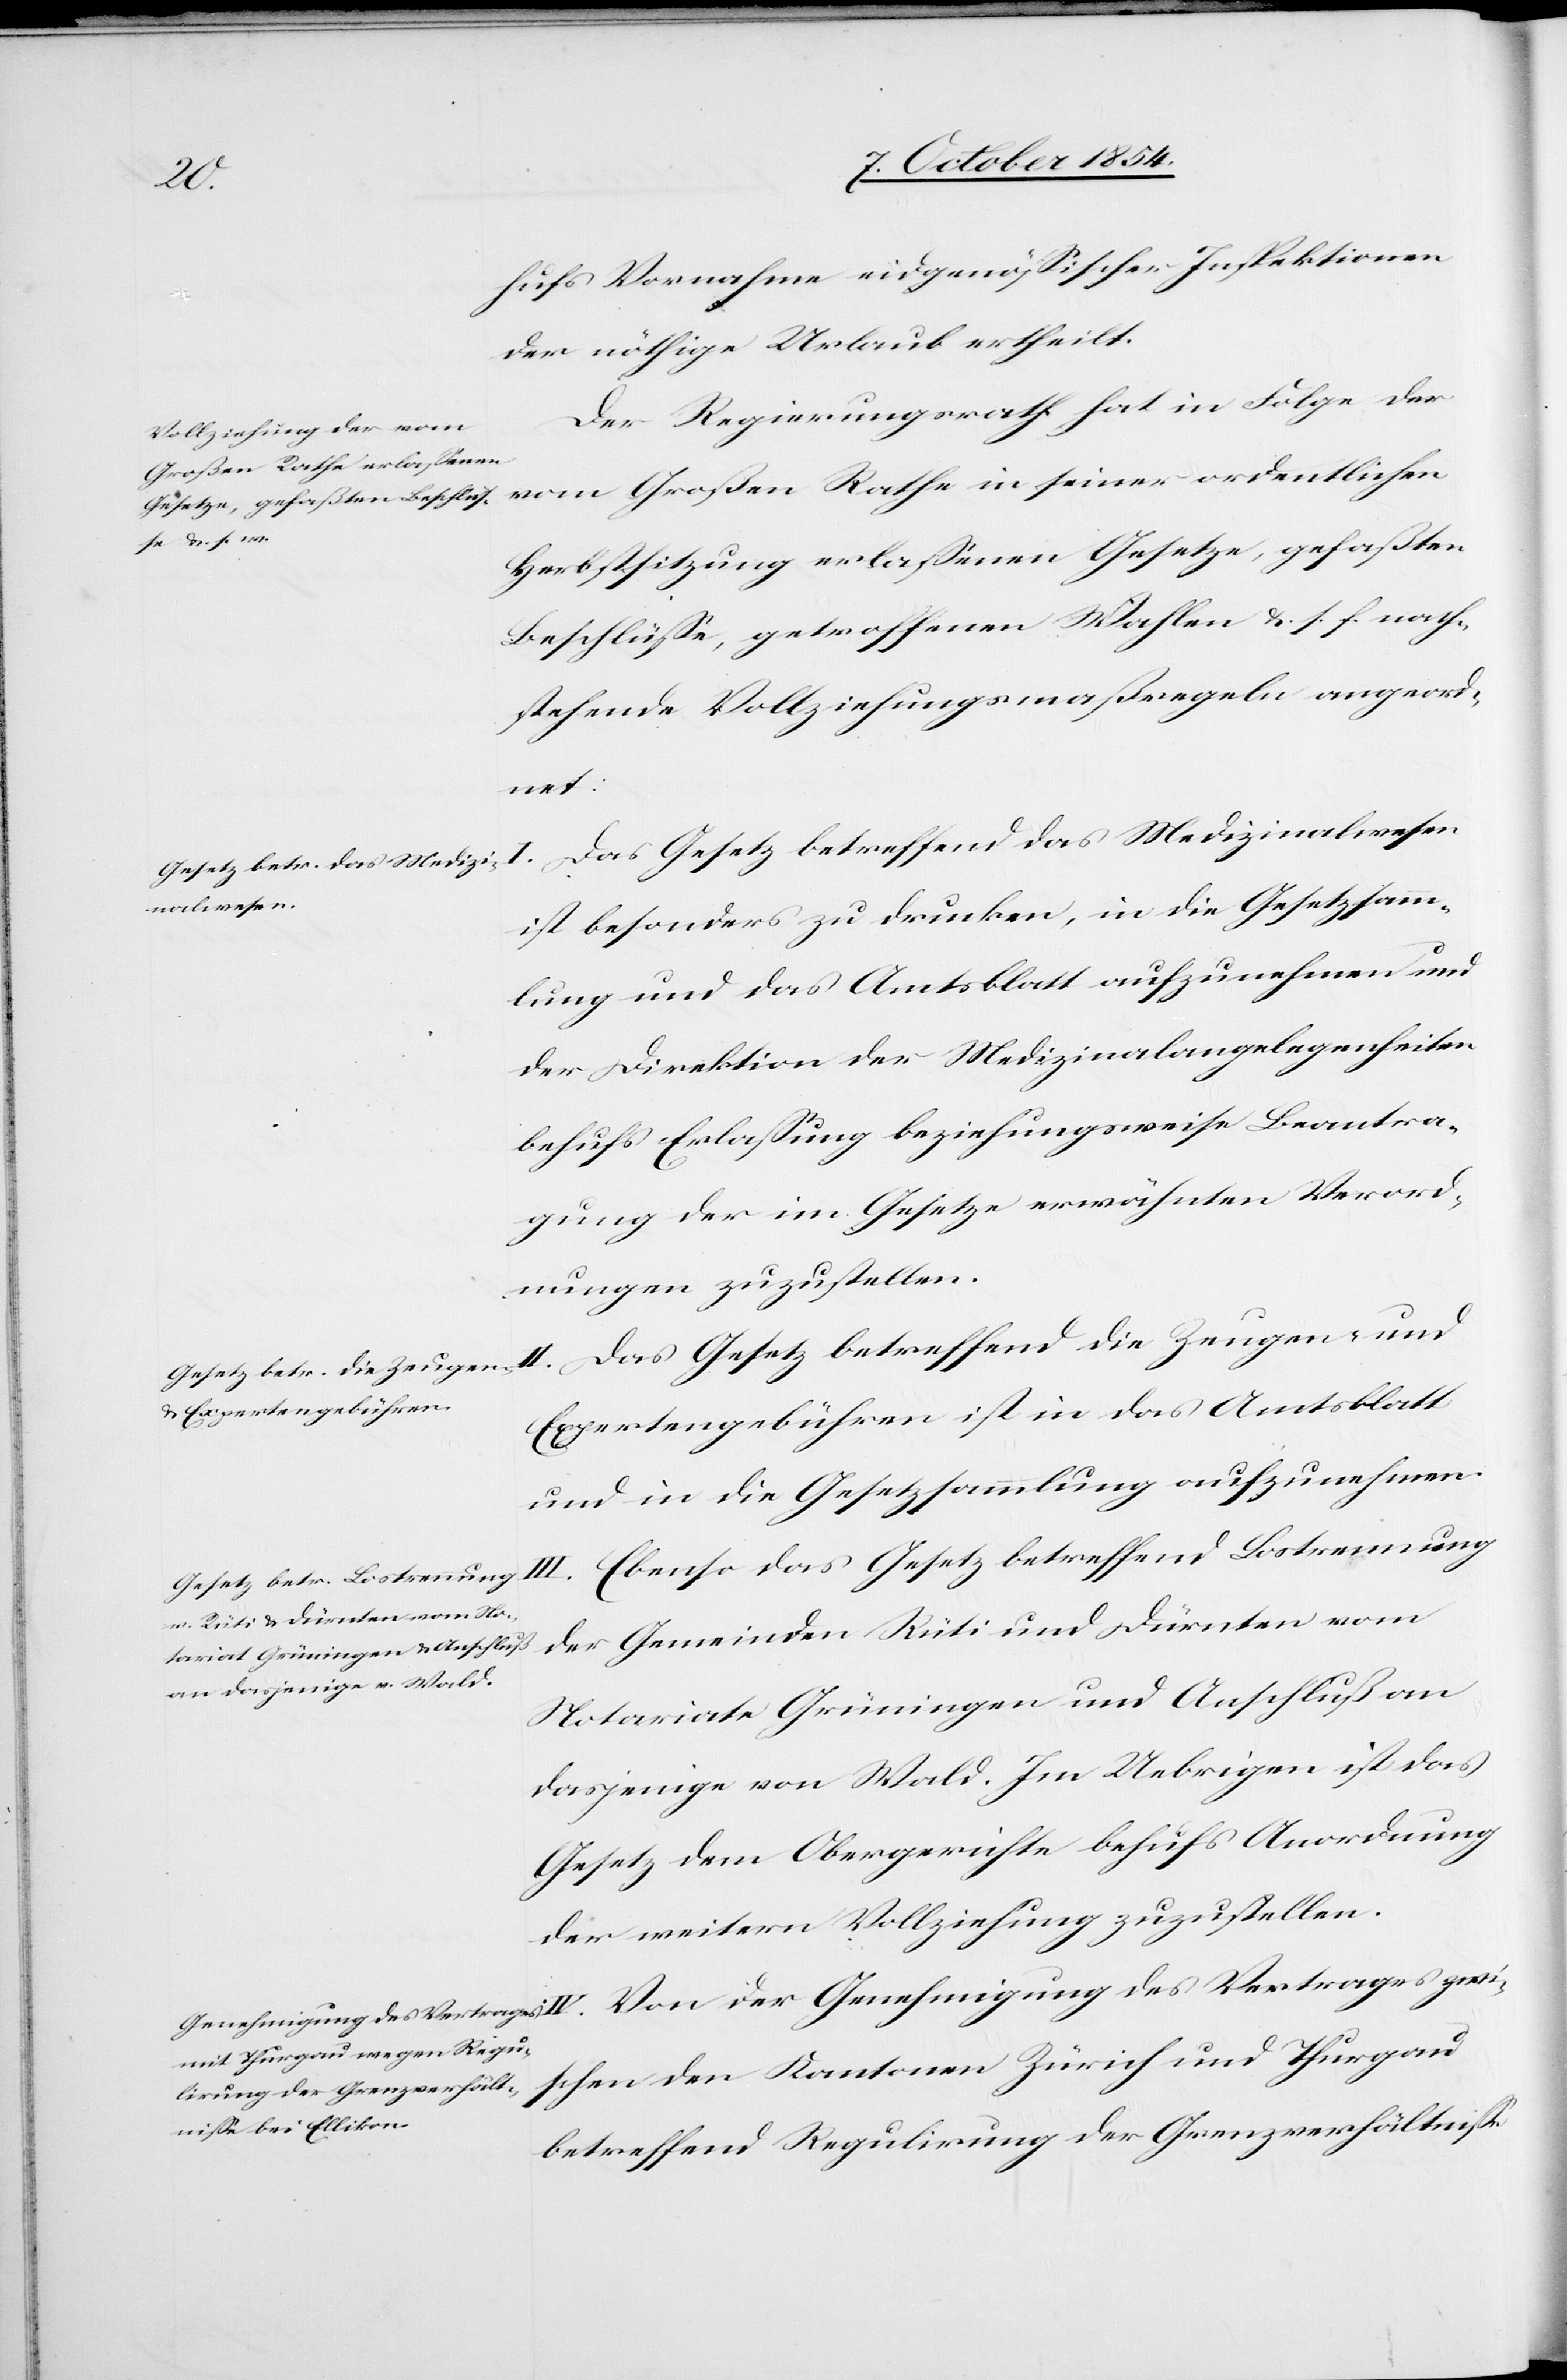
hufs Vornahme eidgenößischer Inspektionen
der nöthige Urlaub ertheilt.
Der Regierungsrath hat in Folge der
vom Großen Rathe in seiner ordentlichen
Herbstsitzung erlaßenen Gesetze, gefaßten
Beschlüße, getroffenen Wahlen u. s. f. nach¬
stehende Vollziehungsmaßregel angeord¬
und
Das Gesetz betreffend das Medizinalwesen
ist besonders zu drucken, in die Gesetzsamm¬
lung und das Amtsblatt aufzunehmen und
der Direktion der Medizinalangelegenheiten
behufs Erlaßung beziehungsweise Beantra¬
gung der im Gesetze erwähnten Verord¬
nungen zuzustellen.
Das Gesetz betreffend die Zeugen- und
Expertengebühr ist in das Amtsblatt
und in die Gesetzsammlung aufzunehmen.
III. Ebenso das Gesetz betreffend Lostrennung
der Gemeinden Rüti und Dürnten vom
Notariate Grüningen und Anschluß an
dasjenige von Wald. Im Uebrigen ist das
Gesetz dem Obergerichte behufs Anordnung
der weitern Vollziehung zuzustellen.
betreffend Regulirung der Grenzverhältniße